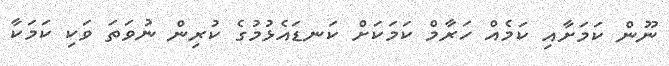
ނޫން ކަމަށާއި ކަމެއް ހަރާމް ކަމަކަށް ކަނޑައެޅުމުގެ ކުރިން ނުވަތަ ވަކި ކަމަކާ